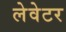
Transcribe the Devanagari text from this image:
लेवेटर